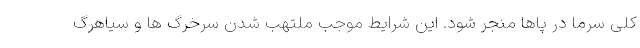
کلی سرما در پاها منجر شود. این شرایط موجب ملتهب شدن سرخرگ ها و سیاهرگ